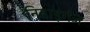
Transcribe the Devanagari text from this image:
निवाड़गंज